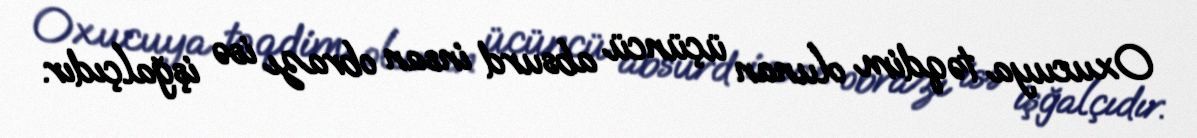
Oxucuya təqdim olunan üçüncü absurd insan obrazı isə işğalçıdır.